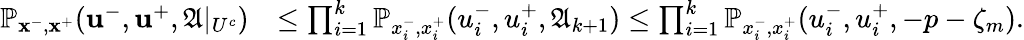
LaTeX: \begin{array}{rl}{\mathbb{P}_{\mathbf{x}^{-},\mathbf{x}^{+}}(\mathbf{u}^{-},\mathbf{u}^{+},\mathfrak{A}|_{U^{c}})}&{\le\prod_{i=1}^{k}\mathbb{P}_{x_{i}^{-},x_{i}^{+}}(u_{i}^{-},u_{i}^{+},\mathfrak{A}_{k+1})\le\prod_{i=1}^{k}\mathbb{P}_{x_{i}^{-},x_{i}^{+}}(u_{i}^{-},u_{i}^{+},-p-\zeta_{m}).}\end{array}